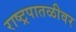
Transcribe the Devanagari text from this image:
राष्ट्रपातळीवर